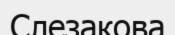
Слезакова